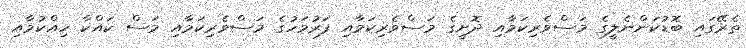
ތެރޭގައި ބޮޑުކަންނެލީގެ މަސްވެރިކަމާއި ދޮށީގެ މަސްވެރިކަމާއި ފަރުމަހުގެ މަސްވެރިކަމާއި މަސް ކައްކާ ހިއްކުމާއި